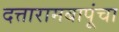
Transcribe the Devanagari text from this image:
दत्तारामबापूंचा